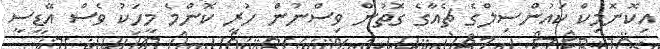
އިކޮނޮމިކް ކައުންސިލްގެ ޗެއާގެ ގޮތުން ވިސްނުން ހުރީ ކޮންމެ މީހަކު ވެސް އޭޑީސީ